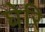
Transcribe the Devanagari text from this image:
घेरि